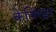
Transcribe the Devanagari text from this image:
केलिन्डर